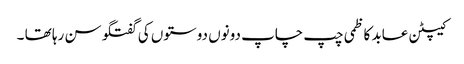
کیپٹن عابد کاظمی چپ چاپ دونوں دوستوں کی گفتگو سن رہا تھا ۔